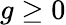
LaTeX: g\ge 0